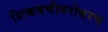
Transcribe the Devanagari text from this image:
शिकवणीबरोबरच